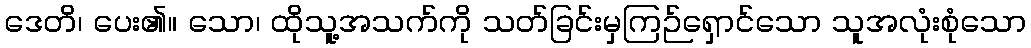
ဒေတိ၊ ပေး၏။ သော၊ ထိုသူ့အသက်ကို သတ်ခြင်းမှကြဉ်ရှောင်သော သူအလုံးစုံသော